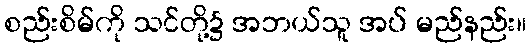
စည်းစိမ်ကို သင်တို့၌ အဘယ်သူ အပ် မည်နည်း။